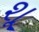
શૂ